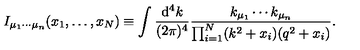
I _ { \mu _ { 1 } \cdots \mu _ { n } } ( x _ { 1 } , \ldots , x _ { N } ) \equiv \int \frac { \mathrm { d } ^ { 4 } k } { ( 2 \pi ) ^ { 4 } } \frac { k _ { \mu _ { 1 } } \cdots k _ { \mu _ { n } } } { \prod _ { i = 1 } ^ { N } ( k ^ { 2 } + x _ { i } ) ( q ^ { 2 } + x _ { i } ) } .